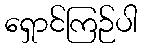
ရှောင်ကြဉ်ပါ